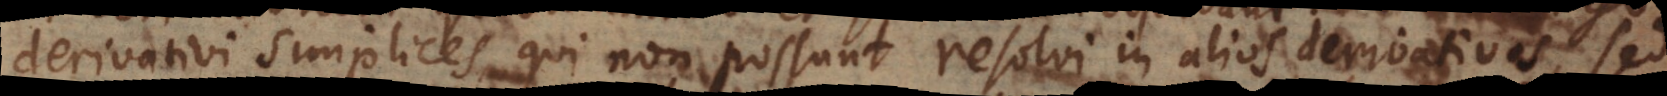
derivativi simplices, qui non possunt resolvi in alios derivativos, sed